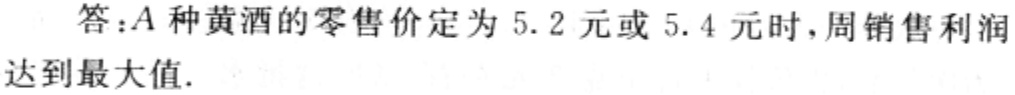
答：$A$种黄酒的零售价定为$5.2$元或$5.4$元时，周销售利润达到最大值.